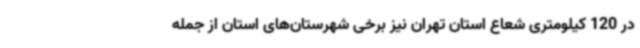
در 120 کیلومتری شعاع استان تهران نیز برخی شهرستان‌های استان از جمله